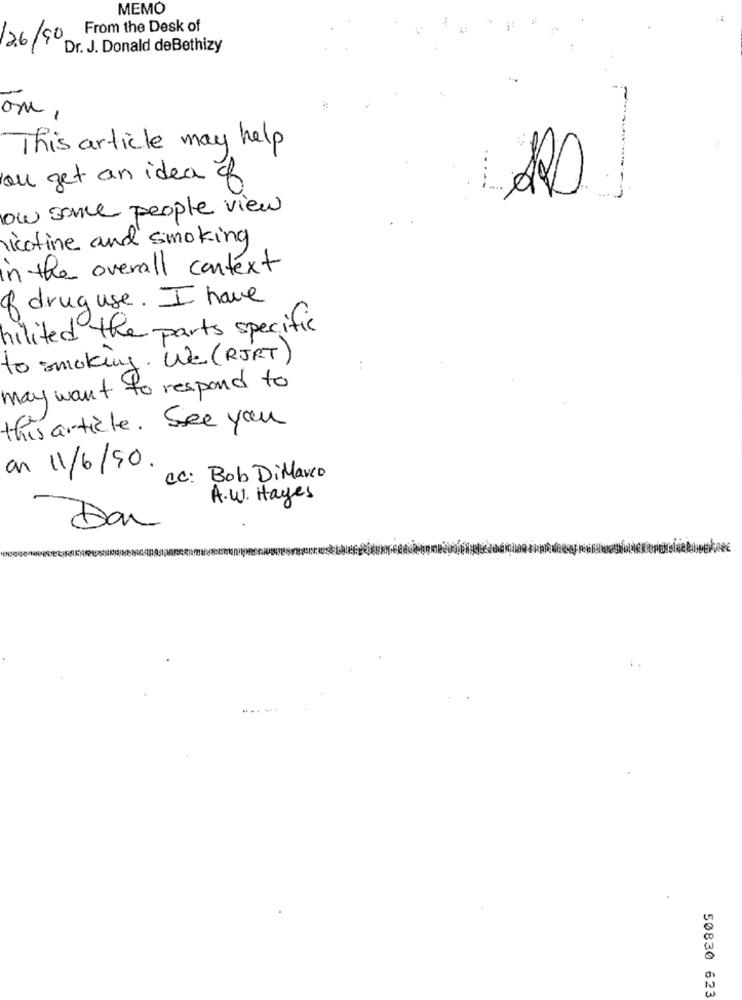
MEMO
From the Desk of
26/90
Dr. J. Donald deBethizy
This article may help
you get an idea of
.-.
low some people view
nicotine and smoking
in the overall context
of drug use. I have
hilited the parts specific
to smoking. We (RJRT)
may want to respond to
this article. See you
an 11/6/90.
Cc: Bob DiMarco
A.W. Hayes
Dar
50830 623